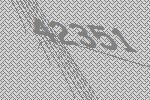
42351